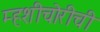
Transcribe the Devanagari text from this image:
म्हशीचोरीची